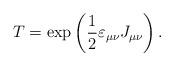
LaTeX: \begin{align*}T=\exp \left( \frac 12\varepsilon _{\mu \nu }J_{\mu \nu }\right) .\end{align*}